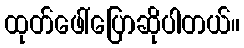
ထုတ်ဖေါ်ပြောဆိုပါတယ်။